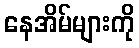
နေအိမ်များကို